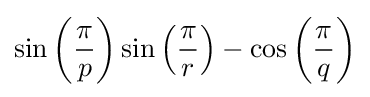
\sin \left({\frac {\pi }{p}}\right)\sin \left({\frac {\pi }{r}}\right)-\cos \left({\frac {\pi }{q}}\right)